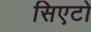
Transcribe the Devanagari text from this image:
सिएटो